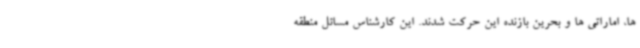
ها، اماراتی ها و بحرین بازنده این حرکت شدند. این کارشناس مسائل منطقه